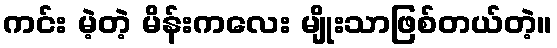
ကင်း မဲ့တဲ့ မိန်းကလေး မျိုးသာဖြစ်တယ်တဲ့။